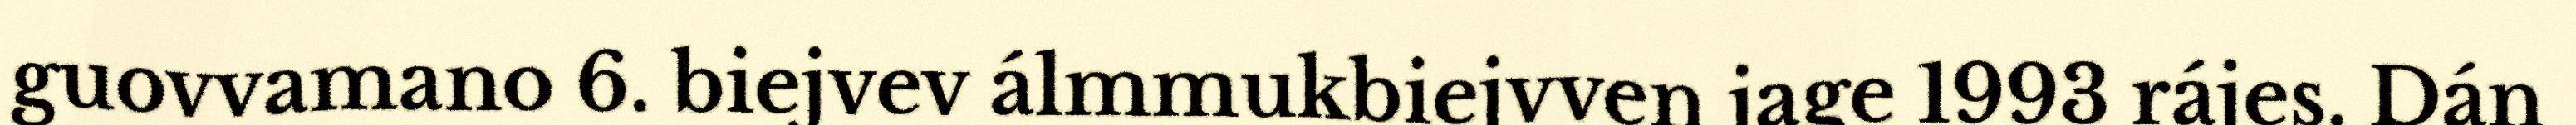
guovvamano 6. biejvev álmmukbiejvven jage 1993 rájes. Dán